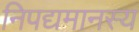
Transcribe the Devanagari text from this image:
निपद्यमानस्य